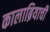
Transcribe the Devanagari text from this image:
कालाब्रियाची